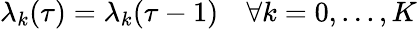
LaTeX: \lambda_{k}(\tau)=\lambda_{k}(\tau-1)\quad\forall k=0,...,K